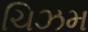
ચિઝમ